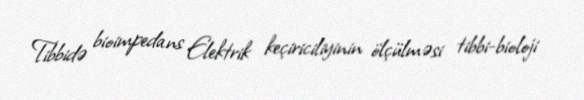
Tibbidə bioimpedans Elektrik keçiriciliyinin ölçülməsi tibbi-bioloji